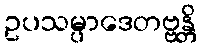
ဥပသမ္ပာဒေတဗ္ဗန္တိ